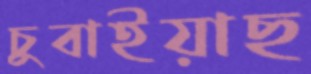
চুবাইয়াছ